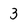
Character: 3